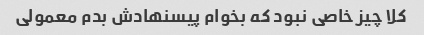
کلا چیز خاصی نبود که بخوام پیسنهادش بدم معمولی